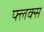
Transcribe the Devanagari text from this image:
फ्लक्‍स